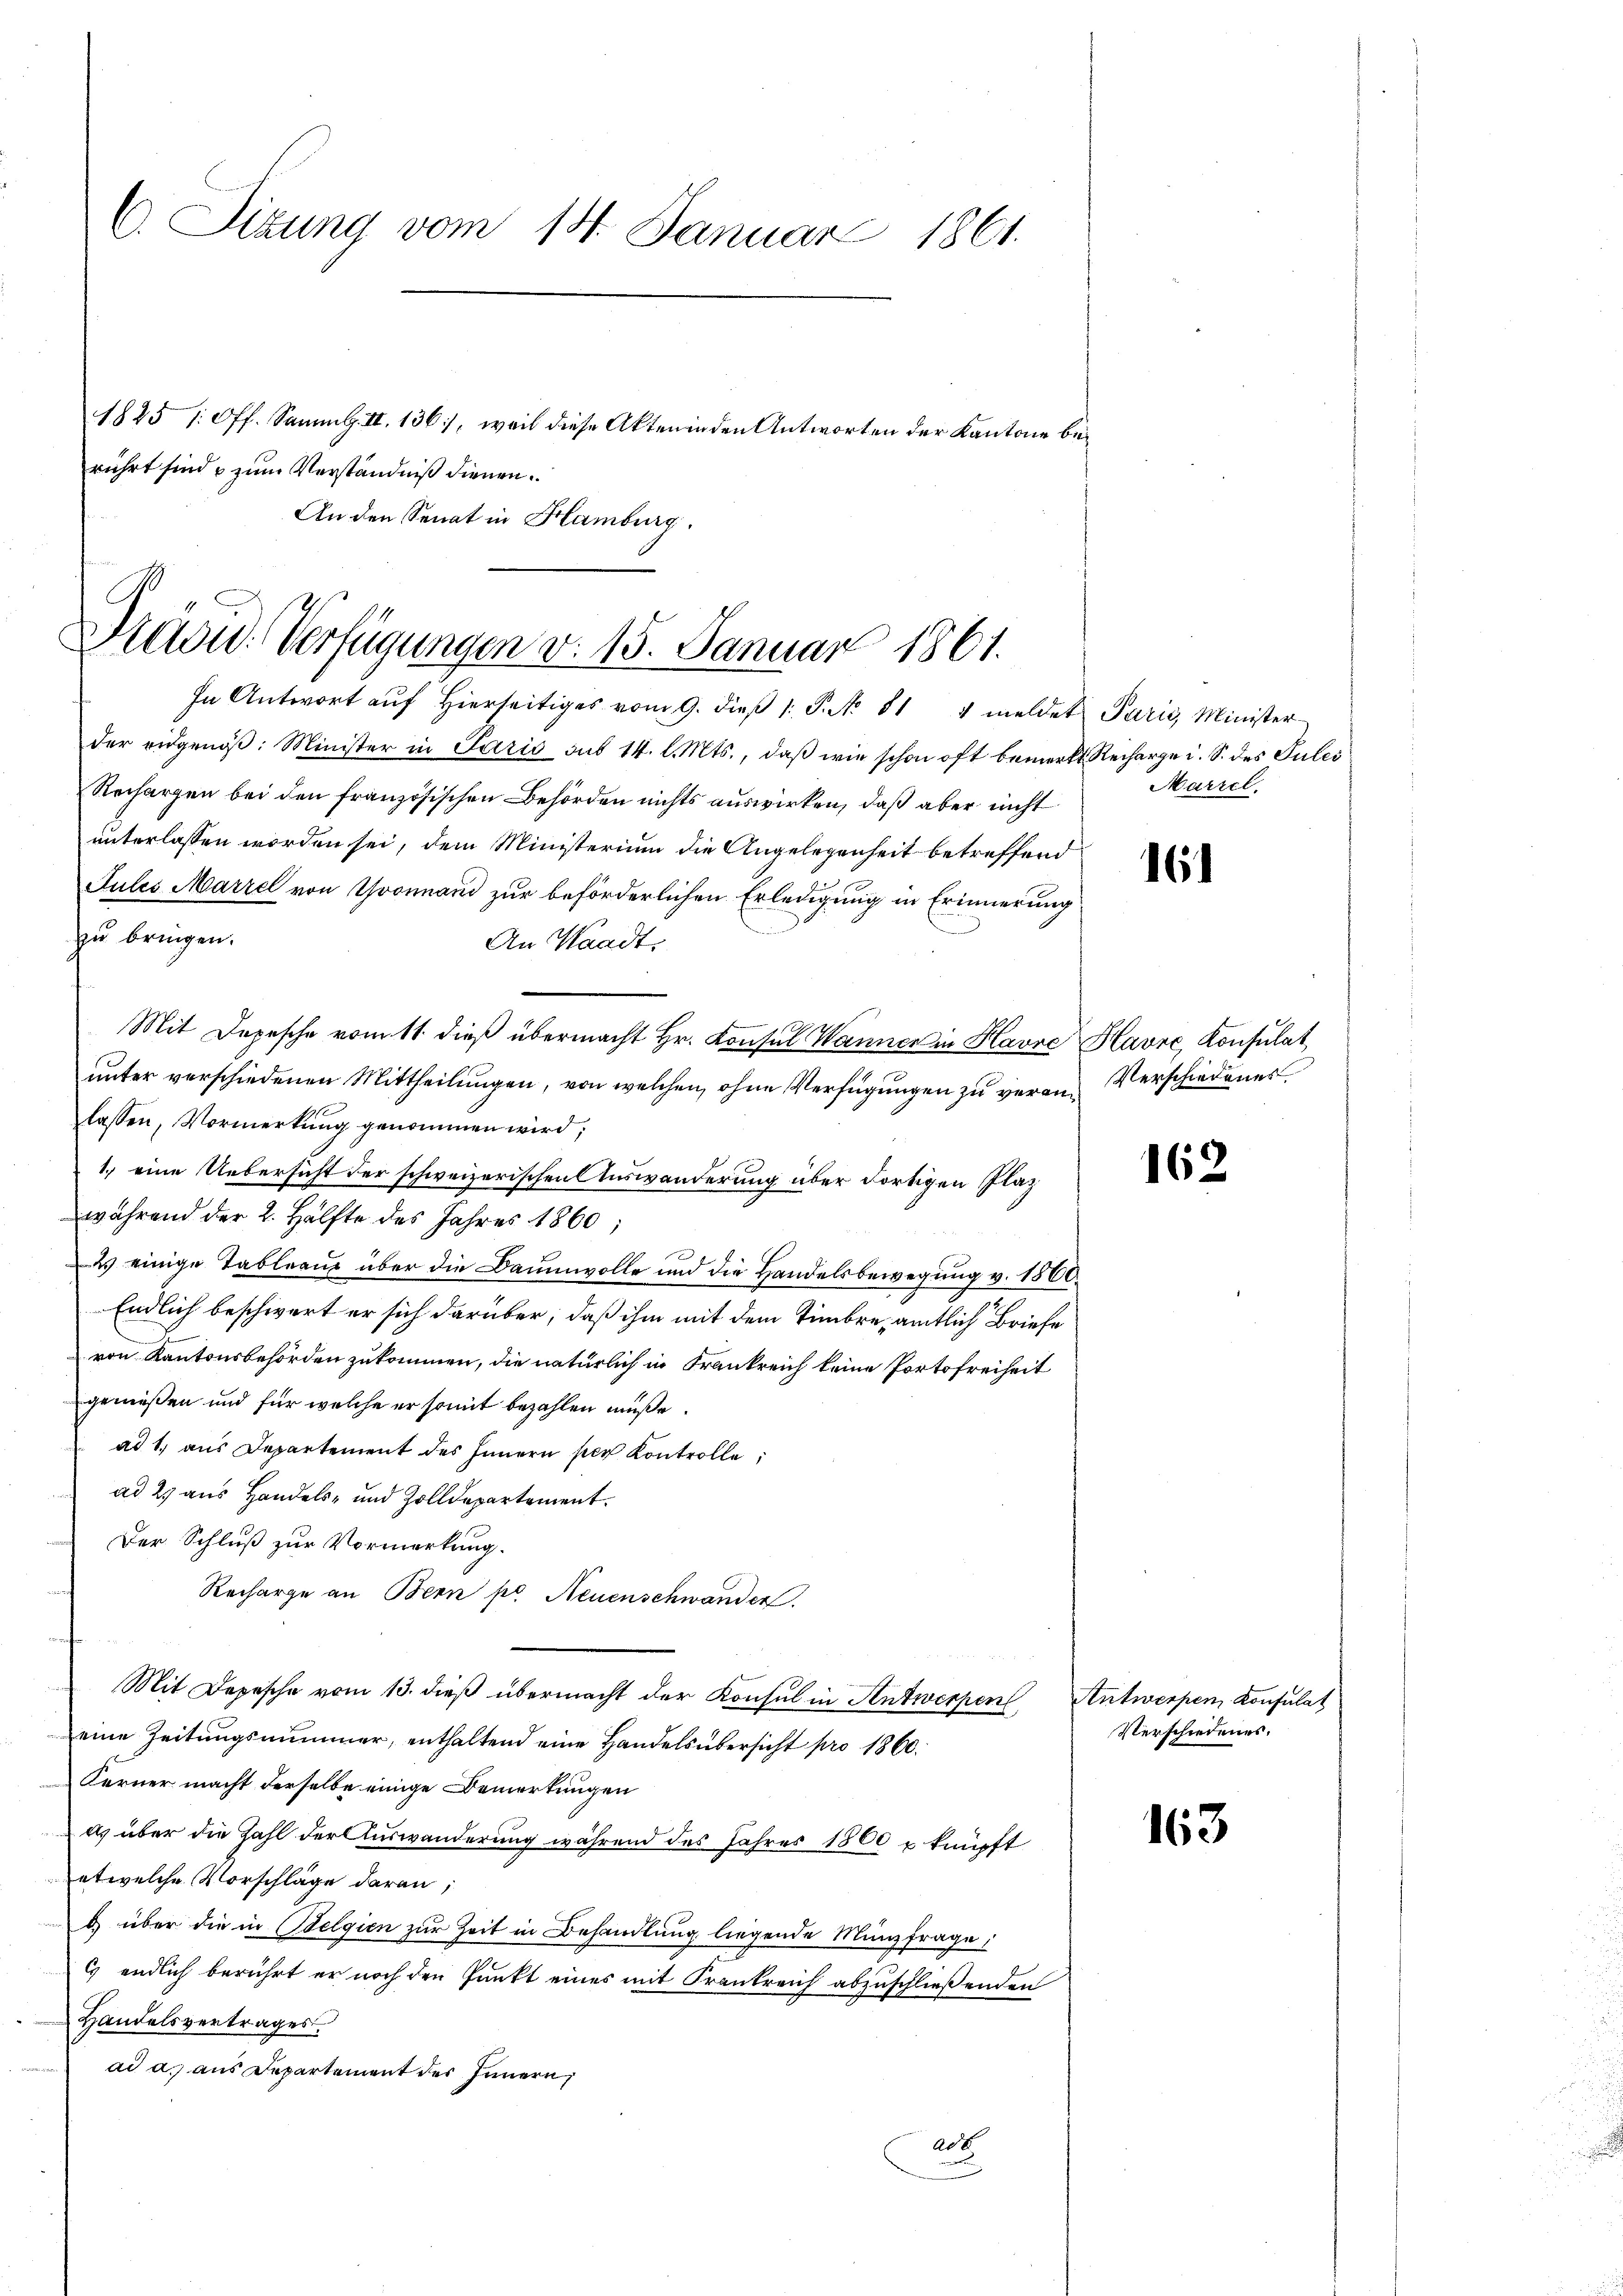
C. Sitzung vom 14. Januar 1861.
1825 /: Off. Samml. II. 136, weil diese Akten in den Antworten der Kantone berührt sind, zum Verständniß dienen.
An den Senat in Hamburg.

Präsid. Verfügungen v. 15. Januar 1861.
In Antwort aŭf hierseitiges vom 9. dieβ 1. P. N. 814 meldet Parić, Minister

der eidgenöβ: Minister in Paris sub 14. l. Mts., daß wie schon oft bemerkt Recharge i. S. des Julii
Rechargen bei den französischen Behörden nichts auswirken, daß aber nicht
unterlassen worden sei, dem Ministerium die Angelegenheit betreffend
Jules Marzel von Yvonnand zur beförderlichen Erledigung in Erinnerung
zu bringen.
An Waadt.
Mit Depesche vom 11. dieß übermacht Hr. Konsul Wanner in Havre Havre, Konsulat
unter verschiedenen Mittheilungen, von welchen, ohne Verfügungen zu veran-Verschiedenes
lassen, Vormerkung genommen wird;
1.) eine Uebersicht der schweizerischen Auswanderung über dortigen Plaz
während der 2. Hälfte des Jahres 1860;
des einige Tableaus über die Baumwolle und die Handelsbewegung v. 1500.
Endlich beschwert er sich darüber, daß ihm mit dem Timbre amtlich Briefe
von Kantonsbehörden zukommen, die natürlich in Frankreich keine Portofreiheit
genießen und für welche er somit bezahlen müße.
ad 1. aus Departement des Innern per Kontrolle,
ad 2. aus Handels- und Zolldepartement.
Der Schluß zur Vormerkung.
Recharge an Bern pr. Neuenschwander
Mit Depesche vom 13. dieß übermacht der Konsul in Antwerpen,
eine Zeitungsnummer, enthaltend eine Handelsübersicht pro 1860.
Kerner macht derselbe einige Bemerkungen
as über die Zahl der Auswanderung während des Jahres 1800 u knüpft
etwelche Vorschläge daran,
d über die in Belgien zur Zeit in Behandlung liegende Münzfrage:
C endlich berührt er noch den Punkt eines mit Frankreich abzuschließenden
Handelsvertrages.
ad a. aus Departement des Innern,
20t

Marzel.

16

162

Antwerpen, Konsulat
Verschiedenes.

163